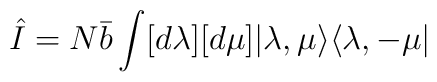
\hat{I}=N\bar{b}\int[d\lambda][d\mu]|\lambda,\mu\rangle\langle \lambda,-\mu|